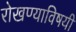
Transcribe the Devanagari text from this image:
रोखण्याविषयी